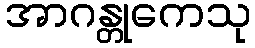
အာဂန္တုကေသု